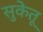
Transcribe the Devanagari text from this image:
सुकेतू